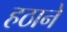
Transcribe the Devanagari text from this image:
हठाने